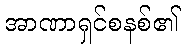
အာဏာရှင်စနစ်၏